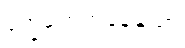
ဒုက္ခရောက်နေသော